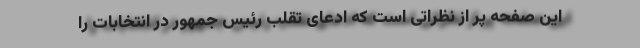
این صفحه پر از نظراتی است که ادعای تقلب رئیس جمهور در انتخابات را